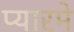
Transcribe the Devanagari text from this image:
प्यारमे